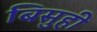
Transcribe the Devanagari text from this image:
बिसुही